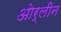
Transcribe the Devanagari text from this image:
ओर्लीन